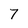
Character: 7